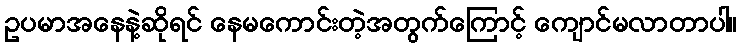
ဥပမာအနေနဲ့ဆိုရင် နေမကောင်းတဲ့အတွက်ကြောင့် ကျောင်မလာတာပါ။